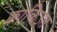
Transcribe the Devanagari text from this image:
क्वाकिउत